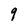
Character: 9